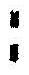
: